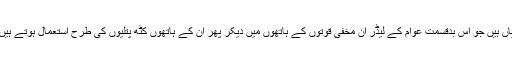
باقی کرپشن ، کرداری غلاضت کی کہانیاں یہ وہ کمزوریاں ہیں جو اس بدقسمت عوام کے لیڈر ان مخفی قوتوں کے ہاتھوں میں دیکر پھر ان کے ہاتھوں کٹھ پتلیوں کی طرح استعمال ہوتے ہیں اور جب انکار کردیں تو نشان عبرت بنا دیے جاتے ہیں ۔